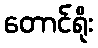
တောင်ရိုး